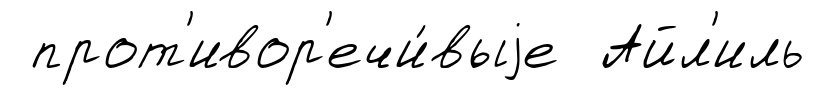
прот'ивор'ечи́выjе Айл'иль